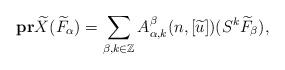
LaTeX: \begin{align*}\bold{pr}\widetilde{X}(\widetilde{F}_{\alpha})=\sum_{\beta,k\in\mathbb{Z}}A^{\beta}_{\alpha,k}(n,[\widetilde{u}])(S^k\widetilde{F}_{\beta}),\end{align*}